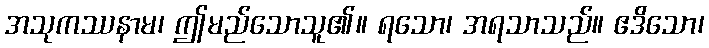
အသုကဿနာမ၊ ဤမည်သောသူ၏။ ရသော၊ အရသာသည်။ ဧဒိသော၊